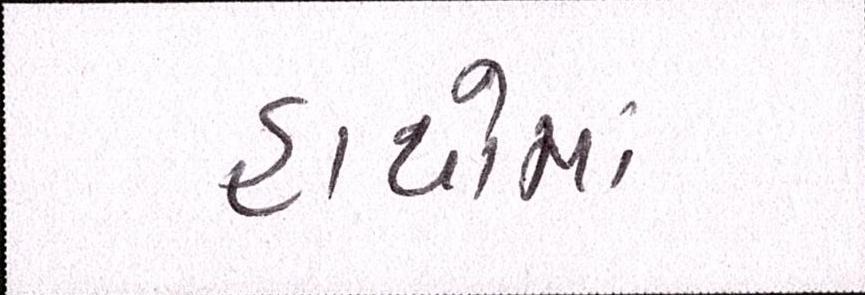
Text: હાથોમાં